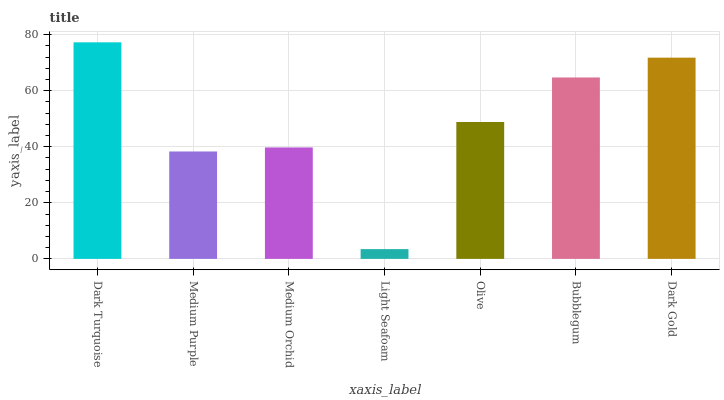
| xaxis_label | bars |
 | --- | --- |
 | Dark Turquoise | 77.2 |
 | Medium Purple | 38.3 |
 | Medium Orchid | 39.7 |
 | Light Seafoam | 3.49 |
 | Olive | 48.8 |
 | Bubblegum | 64.7 |
 | Dark Gold | 71.8 |